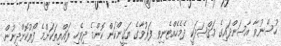
ހުސްނުވާ އާސަންދައިގެ މަޤްޞަދަކީ ދެމެހެއްޓެނިވި ފަރުވާގެ ޔަޤީންކަން ކޮންމެ ދިވެހި ރައްޔިތަކަށްމެ ފޯރުކޮށްދިނުން.